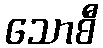
သောစီ